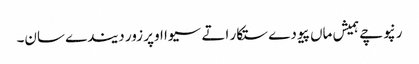
رنپوچے ہمیش ماں پیو دے ستکار اتے سیوا اوپر زور دیندے سان۔